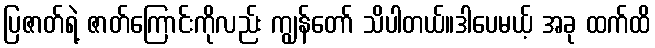
ပြဇာတ်ရဲ့ ဇာတ်ကြောင်းကိုလည်း ကျွန်တော် သိပါတယ်။ဒါပေမယ့် အခု ထက်ထိ